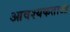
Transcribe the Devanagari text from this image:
आवश्यकताआ